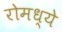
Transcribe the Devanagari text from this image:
रोमध्ये